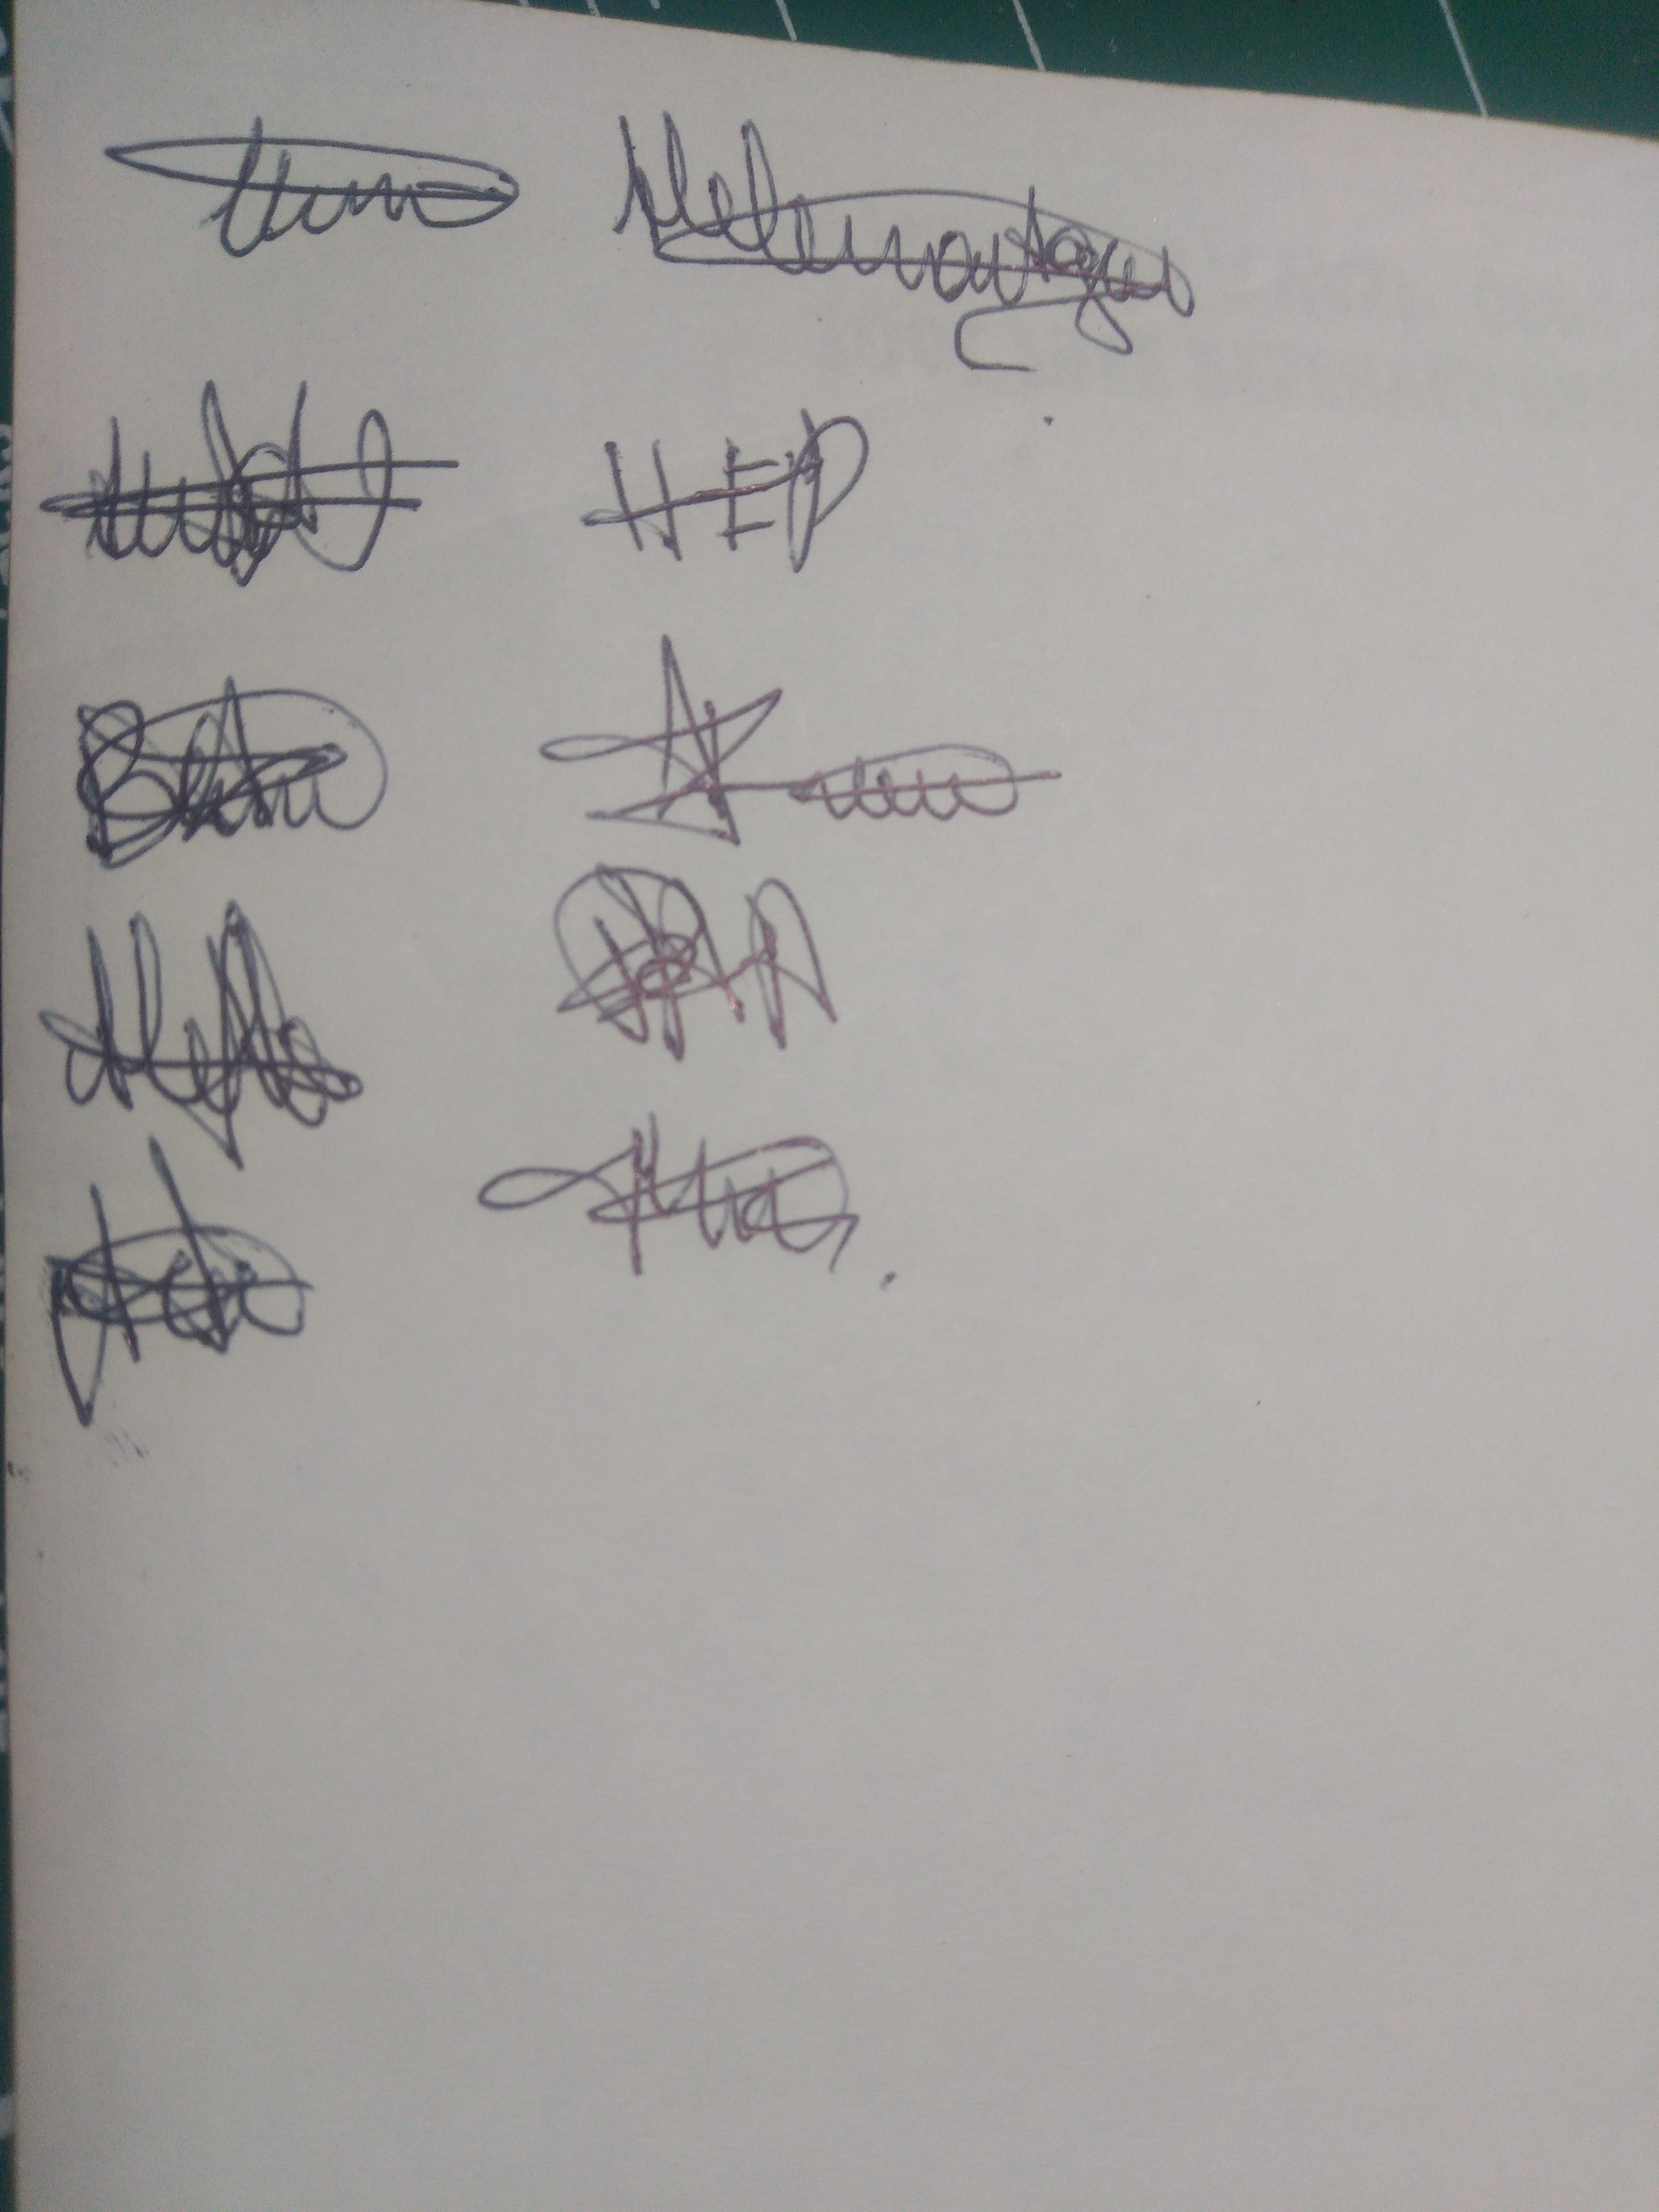
Signature authenticity: genuine